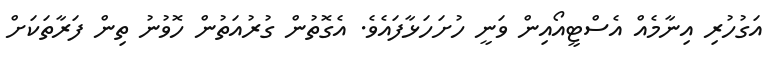
އަގުހުރި އިނާމެއް އެސްޓީއޯއިން ވަނީ ހުށަހަޅާފައެވެ. އެގޮތުން ގުރުއަތުން ހޮވުނު ތިން ފަރާތަކަށް